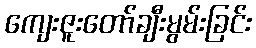
ကျေးဇူးတော်ချီးမွမ်းခြင်း